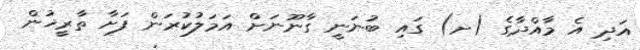
އަދި އެ މާއްދާގެ (ށ) ގައި ބުނަނީ ގާނޫނަށް އަމަލުކުރަން ފަށާ ތާރީޚުން